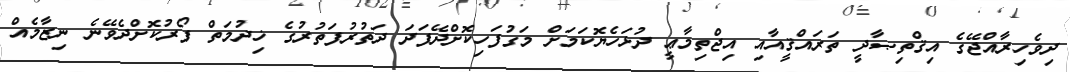
ދިވެހިރާއްޖޭގެ އިޤްތިޞާދީ ތަރައްޤީއާއި އިޖްތިމާޢީ ދުޅަހެޔޮކަމަށް މަގުފަހިކޮށްދޭފަދަ ދަތުރުފަތުރުގެ ޚިދުމަތް ފޯރުކޮށްދެވޭނެ ނިޒާމެއް